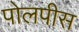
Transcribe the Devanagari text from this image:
पोलपीस